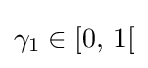
\gamma _{1}\in [0,\,1[